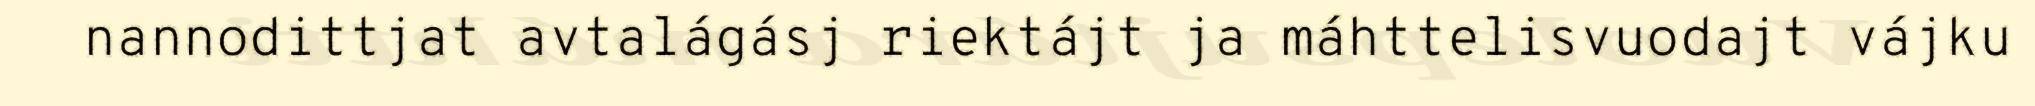
nannodittjat avtalágásj riektájt ja máhttelisvuodajt vájku